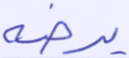
يرضه